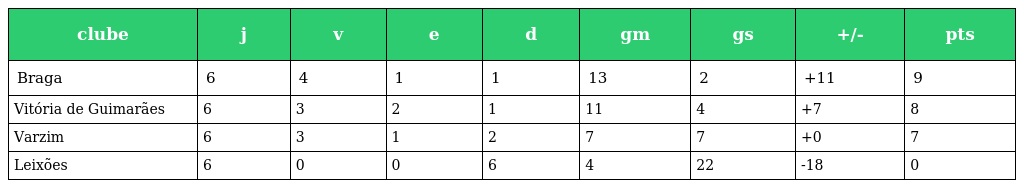
| clube | j | v | e | d | gm | gs | +/- | pts |
 | --- | --- | --- | --- | --- | --- | --- | --- | --- |
 | Braga | 6 | 4 | 1 | 1 | 13 | 2 | +11 | 9 |
 | Vitória de Guimarães | 6 | 3 | 2 | 1 | 11 | 4 | +7 | 8 |
 | Varzim | 6 | 3 | 1 | 2 | 7 | 7 | +0 | 7 |
 | Leixões | 6 | 0 | 0 | 6 | 4 | 22 | -18 | 0 |